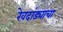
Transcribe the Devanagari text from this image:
रेवदांड्याचा